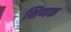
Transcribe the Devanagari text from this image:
क्षिणक